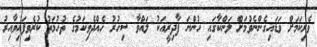
ވެރިކަމަށް ވަޑައިގެންނެވުމަށް ލަންކާގައި ހުންނަ ފާދިރީއަކު ލައްވާ ސިހުރު ހެއްދެވިކަމުގެ ތުހުމަތު ކުރެވިފައިވާއިރު